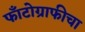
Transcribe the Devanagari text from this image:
फाँटोग्राफीचा